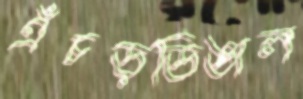
এঁচড়ডিঙাল